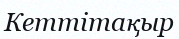
Кеттітақыр